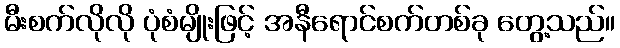
မီးစက်လိုလို ပုံစံမျိုးဖြင့် အနီရောင်စက်တစ်ခု တွေ့သည်။